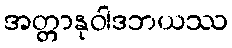
အတ္တာနုဝါဒဘယဿ